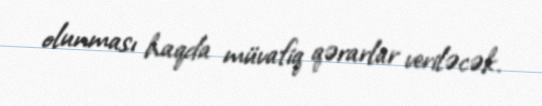
olunması haqda müvafiq qərarlar veriləcək.